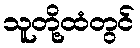
သူတို့ထံတွင်